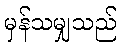
မှန်သမျှသည်